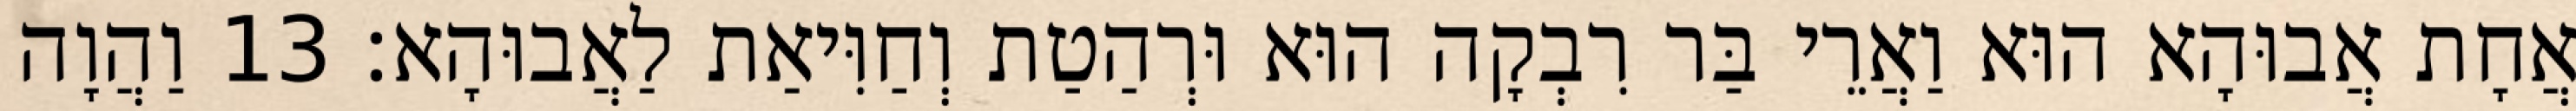
אֲחָת אֲבוּהָא הוּא וַאֲרֵי בַּר רִבְקָה הוּא וּרְהַטַת וְחַוִּיאַת לַאֲבוּהָא׃ 13 וַהֲוָה